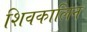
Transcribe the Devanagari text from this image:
शिवकालिन